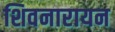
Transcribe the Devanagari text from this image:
शिवनारायन